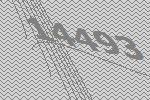
14493